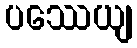
ပဿေယျ